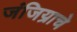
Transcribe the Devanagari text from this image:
जंजिय्राचे